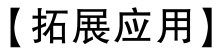
【拓展应用】